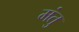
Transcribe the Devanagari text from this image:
मंतु